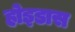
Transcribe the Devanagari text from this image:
होइडास